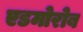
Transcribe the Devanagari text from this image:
एडमोरोब